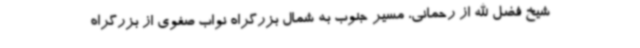
شیخ فضل الله از رحمانی، مسیر جنوب به شمال بزرگراه نواب صفوی از بزرگراه